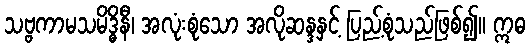
သဗ္ဗကာမသမိဒ္ဓိနီ၊ အလုံးစုံသော အလိုဆန္ဒနှင့် ပြည့်စုံသည်ဖြစ်၍။ ဣဓ